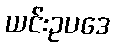
ယင်းဥပဒေ